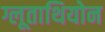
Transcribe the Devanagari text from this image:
ग्लूताथियोन